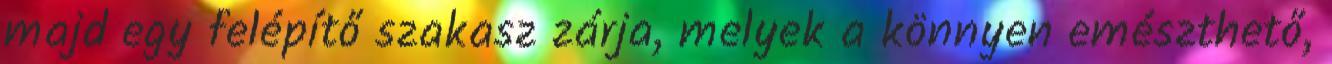
majd egy felépítő szakasz zárja, melyek a könnyen emészthető,